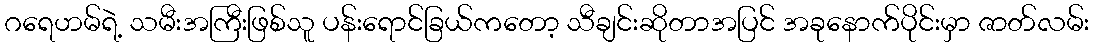
ဂရေဟမ်ရဲ့ သမီးအကြီးဖြစ်သူ ပန်းရောင်ခြယ်ကတော့ သီချင်းဆိုတာအပြင် အခုနောက်ပိုင်းမှာ ဇာတ်လမ်း